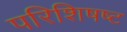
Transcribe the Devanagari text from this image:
परिशिषष्ट